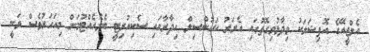
އެލްޖީއޭގެ އޮފިޝަލަކު ވިދާޅުވިގޮތުގައި އެރަށު ކައުންސިލް އިދާރާގައި ސެކިއުރިޓީ ބެލެހެއްޓުމަށް މިއަހަރުވެސް ވަނީ